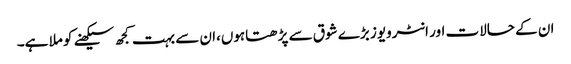
ان کے حالات اور انٹرویوز بڑے شوق سے پڑھتاہوں،ان سے بہت کجھ سیکھنے کو ملا ہے۔